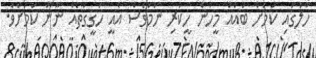
ހާލުގައި ކަމަށް ބައެއް މީހުން ހީކުރި ނަމަވެސް އެއީ ހަގީގަތެއް ނޫން ކަމަށެވެ.